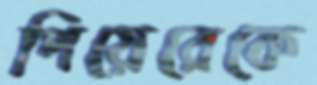
পিয়েরেকে